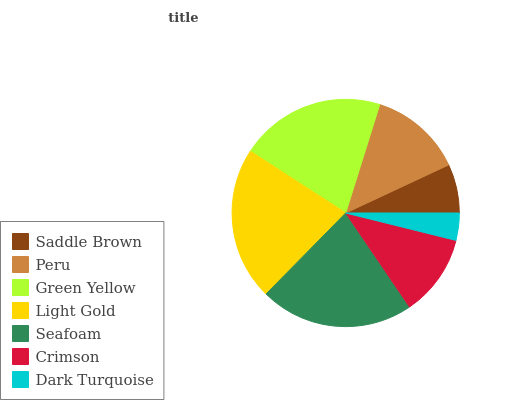
| Saddle Brown | Peru | Green Yellow | Light Gold | Seafoam | Crimson | Dark Turquoise |
 | --- | --- | --- | --- | --- | --- | --- |
 | 6.96% | 13.2% | 20.7% | 21.8% | 21.8% | 11.6% | 3.87% |